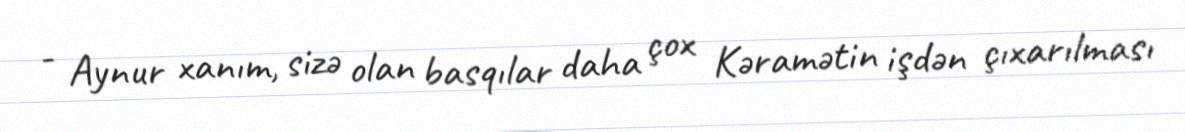
- Aynur xanım, sizə olan basqılar daha çox Kəramətin işdən çıxarılması